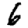
Digit: 6